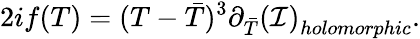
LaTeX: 2if(T)=(T-{\bar{T}})^{3}\partial_{\bar{T}}{({\cal I})}_{holomorphic}.